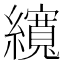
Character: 𦆼